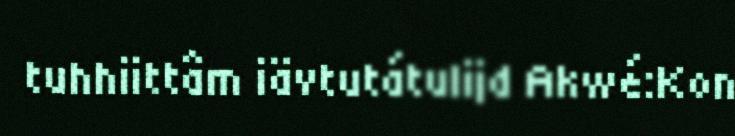
tuhhiittâm iävtutátulijd Akwé:Kon